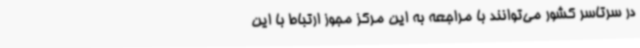
در سرتاسر کشور می‌توانند با مراجعه به این مرکز مجوز ارتباط با این